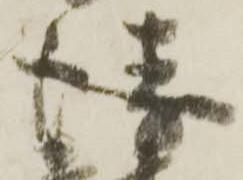
衛